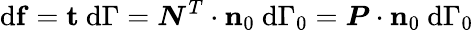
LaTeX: \mathrm{d}\mathbf{{f}}=\mathbf{{t}}~\mathrm{d}\Gamma={\boldsymbol{N}}^{T}\cdot\mathbf{{n}}_{0}~\mathrm{d}\Gamma_{0}={\boldsymbol{P}}\cdot\mathbf{{n}}_{0}~\mathrm{d}\Gamma_{0}